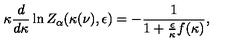
\kappa \frac { d } { d \kappa } \ln Z _ { \alpha } ( \kappa ( \nu ) , \epsilon ) = - \frac { 1 } { 1 + \frac { \epsilon } { \kappa } f ( \kappa ) } ,